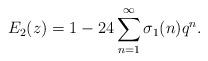
LaTeX: \begin{align*}E_2(z) = 1-24\sum_{n=1}^\infty \sigma_1(n) q^n.\end{align*}